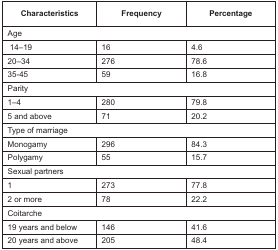
<table><thead><tr><td><b>Characteristics</b></td><td><b>Frequency</b></td><td><b>Percentage</b></td></tr></thead><tbody><tr><td colspan="3">Age</td></tr><tr><td>14–19</td><td>16</td><td>4.6</td></tr><tr><td>20–34</td><td>276</td><td>78.6</td></tr><tr><td>35-45</td><td>59</td><td>16.8</td></tr><tr><td colspan="3">Parity</td></tr><tr><td>1–4</td><td>280</td><td>79.8</td></tr><tr><td>5 and above</td><td>71</td><td>20.2</td></tr><tr><td colspan="3">Type of marriage</td></tr><tr><td>Monogamy</td><td>296</td><td>84.3</td></tr><tr><td>Polygamy</td><td>55</td><td>15.7</td></tr><tr><td colspan="3">Sexual partners</td></tr><tr><td>1</td><td>273</td><td>77.8</td></tr><tr><td>2 or more</td><td>78</td><td>22.2</td></tr><tr><td colspan="3">Coitarche</td></tr><tr><td>19 years and below</td><td>146</td><td>41.6</td></tr><tr><td>20 years and above</td><td>205</td><td>48.4</td></tr></tbody></table>